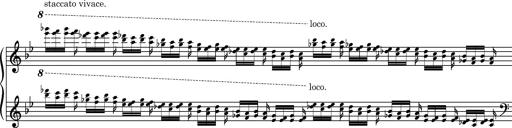
Title: Ungarische Nationalmelodien, S.243
Composer: Franz Liszt